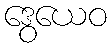
ဒွေယေဝ